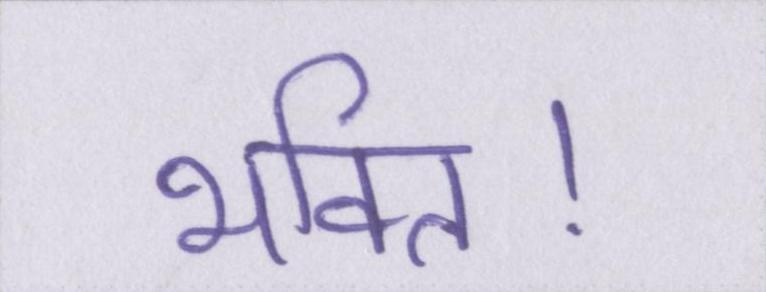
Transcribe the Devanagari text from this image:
भक्ति।